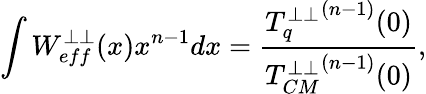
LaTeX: \int W_{eff}^{\perp\perp}(x)x^{n-1}dx=\frac{{T_{q}^{\perp\perp}}^{(n-1)}(0)}{{T_{CM}^{\perp\perp}}^{(n-1)}(0)},